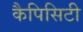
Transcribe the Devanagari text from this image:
कैपिसिटी